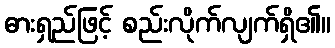
ဓားရှည်ဖြင့် စည်းလိုက်လျက်ရှိ၏။